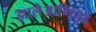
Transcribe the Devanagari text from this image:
झालेआणिपुढे